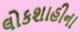
લોકશાહીના